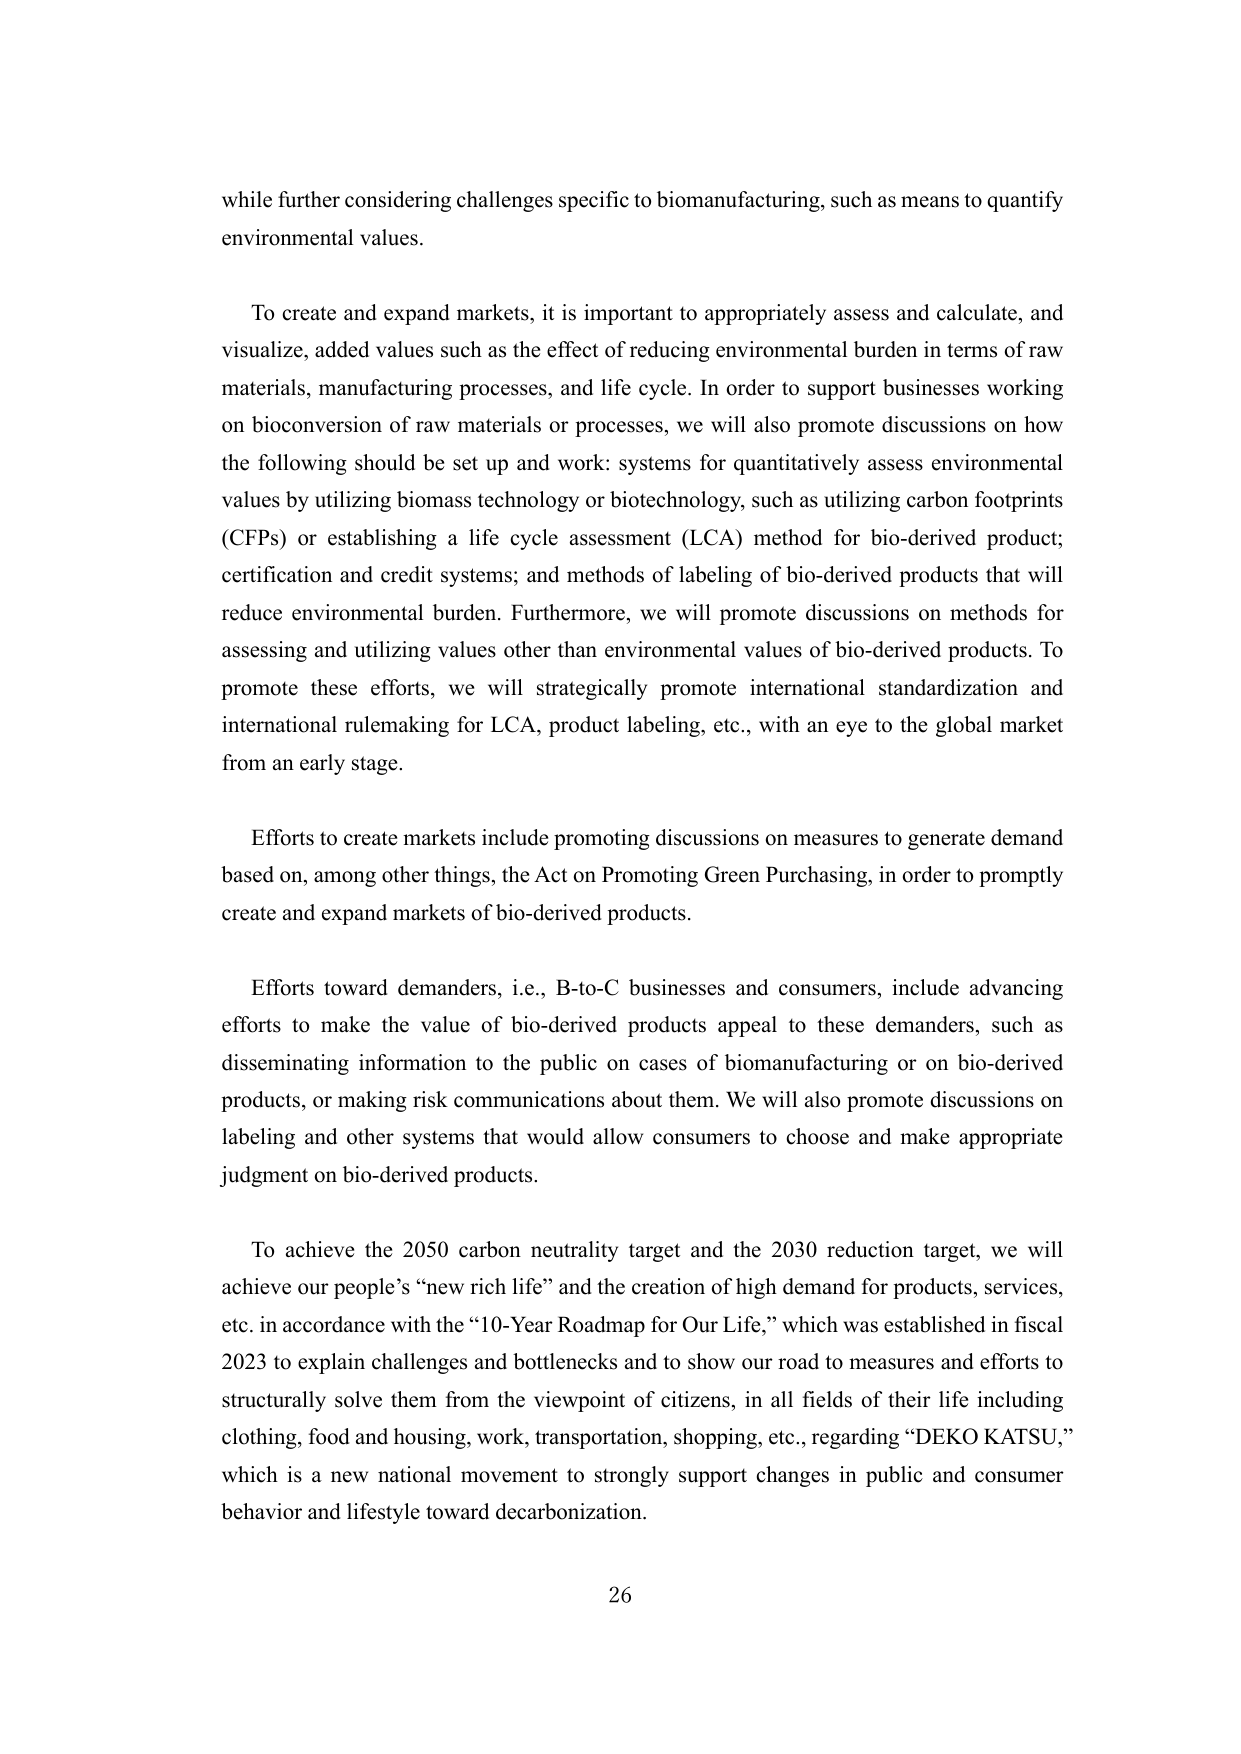
while further considering challenges specific to biomanufacturing, such as means to quantify environmental values.

To create and expand markets, it is important to appropriately assess and calculate, and visualize, added values such as the effect of reducing environmental burden in terms of raw materials, manufacturing processes, and life cycle. In order to support businesses working on bioconversion of raw materials or processes, we will also promote discussions on how the following should be set up and work: systems for quantitatively assess environmental values by utilizing biomass technology or biotechnology, such as utilizing carbon footprints (CFPs) or establishing a life cycle assessment (LCA) method for bio-derived product; certification and credit systems; and methods of labeling of bio-derived products that will reduce environmental burden. Furthermore, we will promote discussions on methods for assessing and utilizing values other than environmental values of bio-derived products. To promote these efforts, we will strategically promote international standardization and international rulemaking for LCA, product labeling, etc., with an eye to the global market from an early stage.

Efforts to create markets include promoting discussions on measures to generate demand based on, among other things, the Act on Promoting Green Purchasing, in order to promptly create and expand markets of bio-derived products.

Efforts toward demanders, i.e., B-to-C businesses and consumers, include advancing efforts to make the value of bio-derived products appeal to these demanders, such as disseminating information to the public on cases of biomanufacturing or on bio-derived products, or making risk communications about them. We will also promote discussions on labeling and other systems that would allow consumers to choose and make appropriate judgment on bio-derived products.

To achieve the 2050 carbon neutrality target and the 2030 reduction target, we will achieve our people’s “new rich life” and the creation of high demand for products, services, etc. in accordance with the “10-Year Roadmap for Our Life,” which was established in fiscal 2023 to explain challenges and bottlenecks and to show our road to measures and efforts to structurally solve them from the viewpoint of citizens, in all fields of their life including clothing, food and housing, work, transportation, shopping, etc., regarding “DEKO KATSU,” which is a new national movement to strongly support changes in public and consumer behavior and lifestyle toward decarbonization.

26